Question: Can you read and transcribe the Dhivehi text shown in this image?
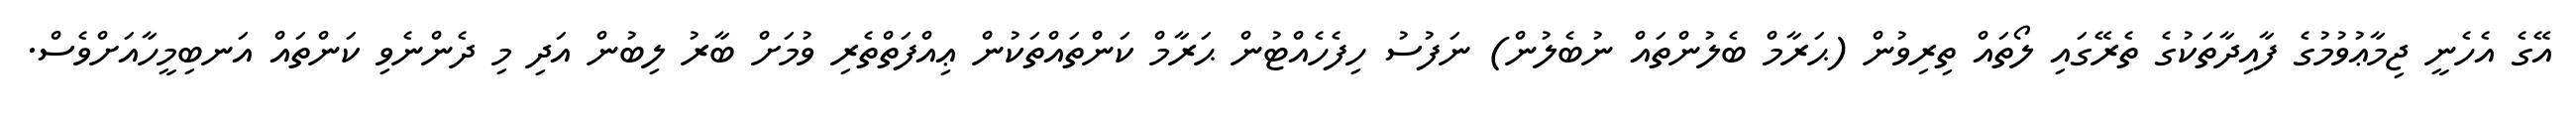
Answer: އޭގެ އެހެނީ ޖިމާޢުވުމުގެ ފާއިދާތަކުގެ ތެރޭގައި ލޯތައް ތިރިވުން (ޙަރާމް ބެލުންތައް ނުބެލުން) ނަފުސު ހިފެހެއްޓުން ޙަރާމް ކަންތައްތަކުން ޢިއްފަތްތެރި ވުމަށް ބާރު ލިބުން އަދި މި ދެންނެވި ކަންތައް އަނބިމީހާއަށްވެސް.